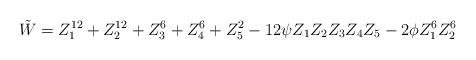
LaTeX: \begin{align*}{\tilde W} = Z_1^{12} + Z_2^{12} + Z_3^6 + Z_4^6 + Z_5^2-12 \psi Z_1 Z_2 Z_3 Z_4 Z_5 - 2\phi Z_1^6 Z_2^6\end{align*}